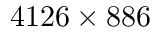
4 1 2 6 \times 8 8 6